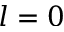
l = 0